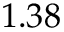
1 . 3 8